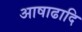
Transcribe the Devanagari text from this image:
आषाढादि